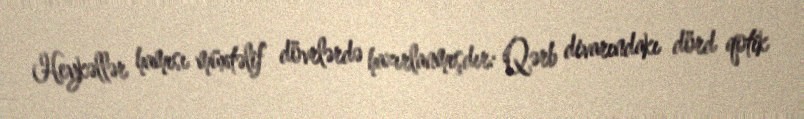
Heykəllər hamısı müxtəlif dövrlərdə hazırlanmışdır: Qərb divarındakı dörd qotik